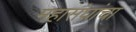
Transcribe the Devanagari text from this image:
महासंघांचा